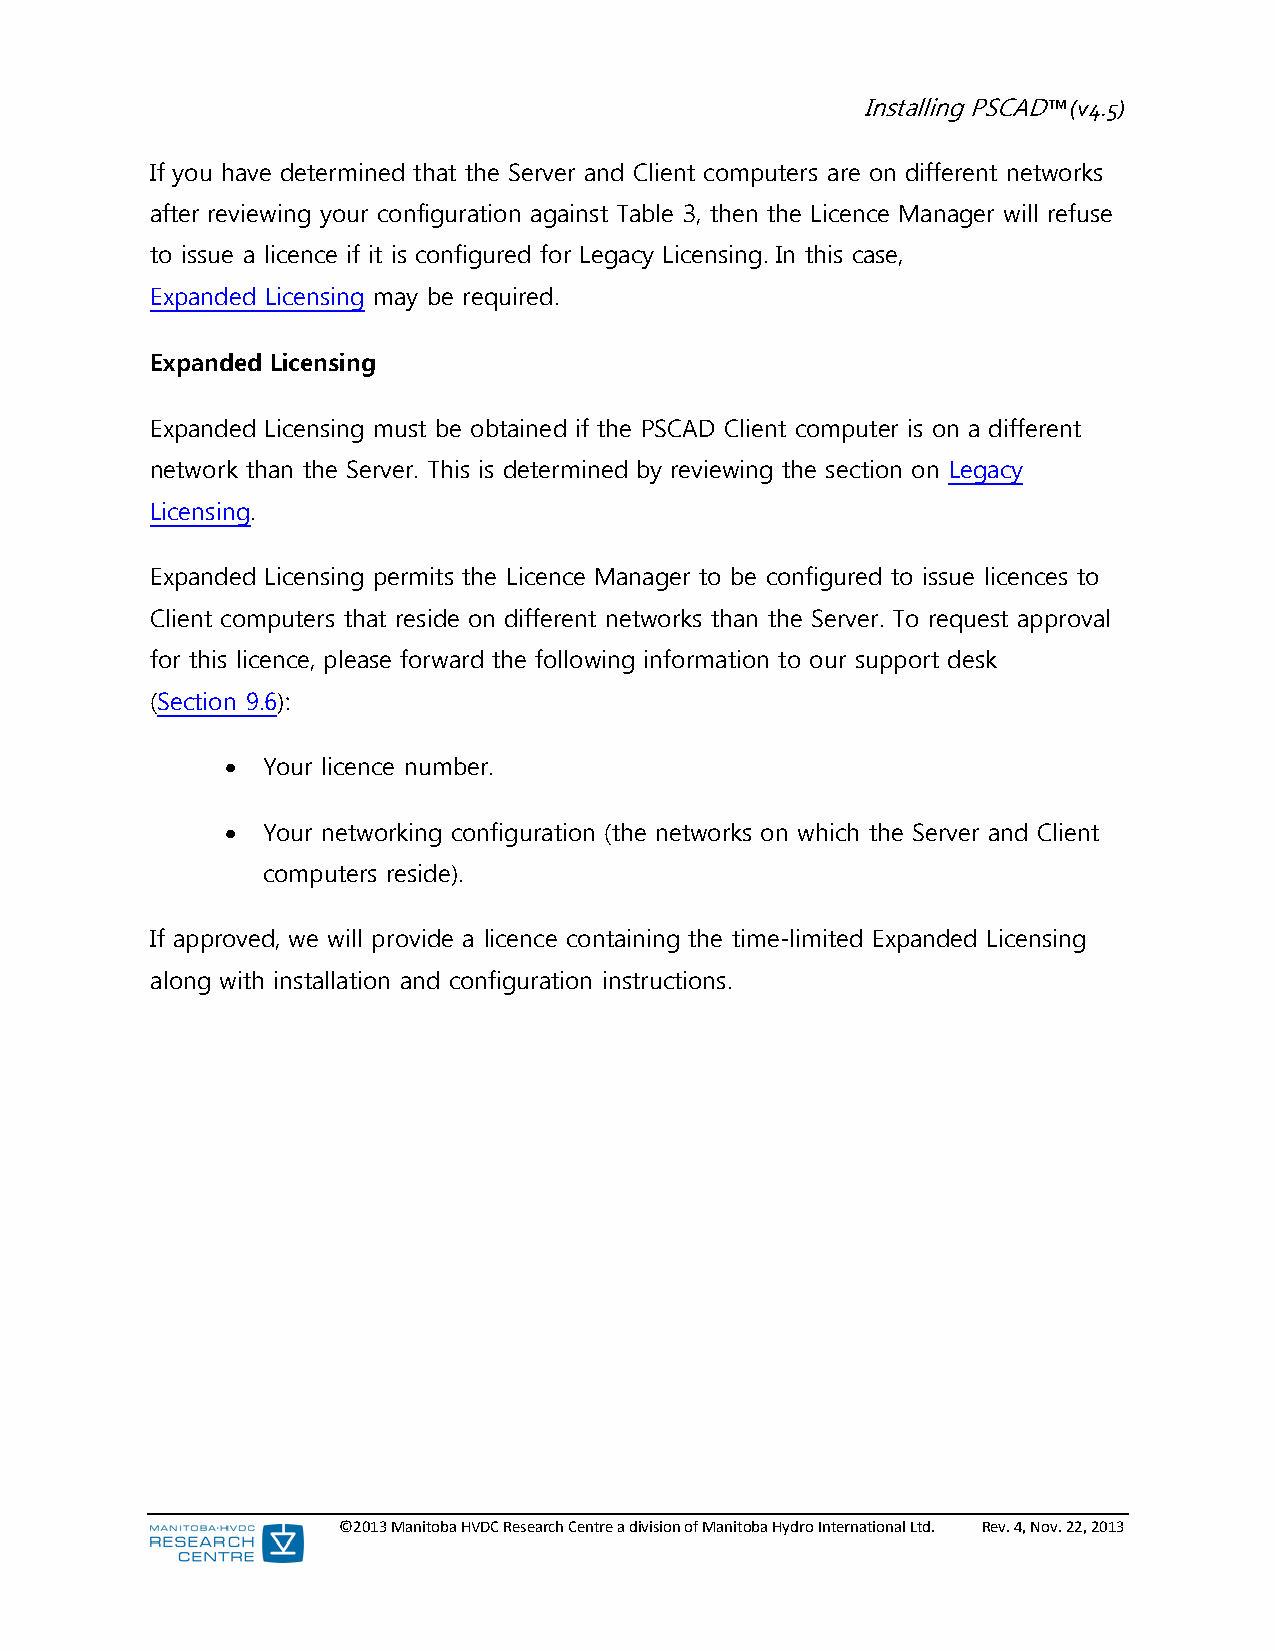
Installing PSCAD™ (v4.5)
 If you have determined that the Server and Client computers are on different networks
 after reviewing your configuration against Table 3, then the Licence Manager will refuse
 to issue a licence if it is configured for Legacy Licensing. In this case,
 Expanded Licensing may be required.
 Expanded Licensing
 Expanded Licensing must be obtained if the PSCAD Client computer is on a different
 network than the Server. This is determined by reviewing the section on Legacy
 Licensing.
 Expanded Licensing permits the Licence Manager to be configured to issue licences to
 Client computers that reside on different networks than the Server. To request approval
 for this licence, please forward the following information to our support desk
 (Section 9.6):
  Your licence number.
  Your networking configuration (the networks on which the Server and Client
 computers reside).
 If approved, we will provide a licence containing the time-limited Expanded Licensing
 along with installation and configuration instructions.
 ©2013 Manitoba HVDC Research Centre a division of Manitoba Hydro International Ltd. Rev. 4, Nov. 22, 2013